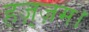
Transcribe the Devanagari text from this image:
हज़्ज़म।